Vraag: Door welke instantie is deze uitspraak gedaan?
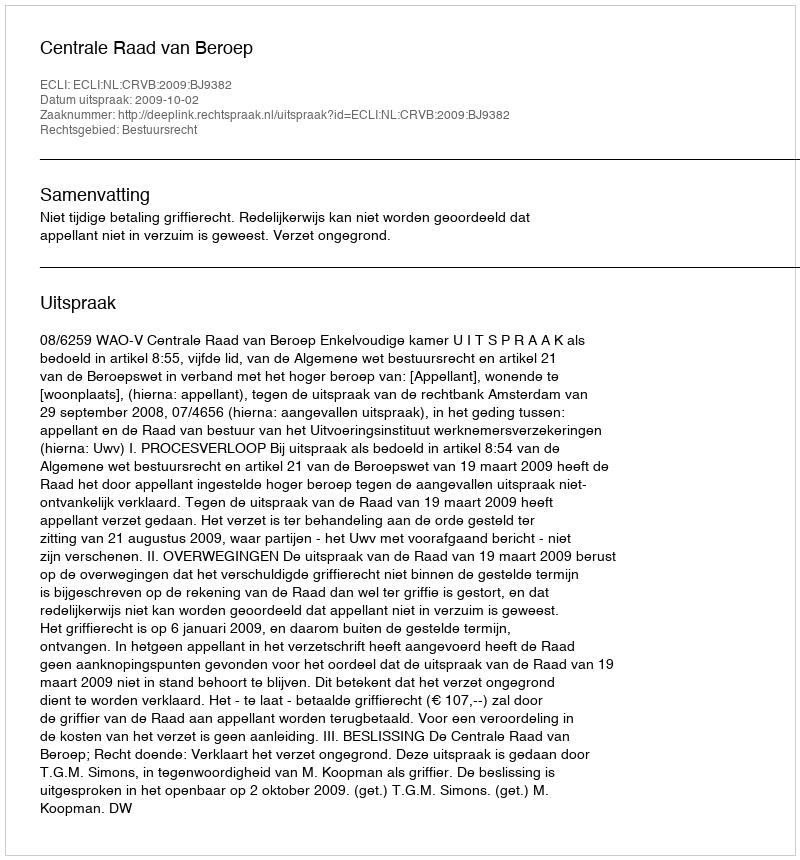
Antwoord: Centrale Raad van Beroep